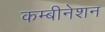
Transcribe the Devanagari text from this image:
कम्बीनेशन